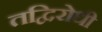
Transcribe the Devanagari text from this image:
तद्विरोधी